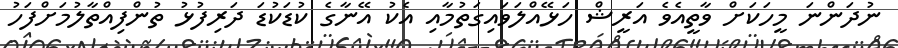
ނުދަންނަ މީހަކަށް ވާތީއެވެ އަރީޝް ހަޅޭއްލަވައިގަތުމާއި އެކު އޭނާގެ ކުޑަކުޑަ ދަރިފުޅު ތުންފިއްތާލުމަށްފަހު